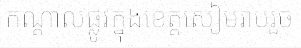
កណ្តាលផ្លូវក្នុងខេត្តសៀមរាបរួច